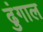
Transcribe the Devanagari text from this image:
ढुंगाल